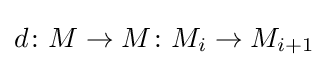
d\colon M\to M\colon M_{i}\to M_{i+1}